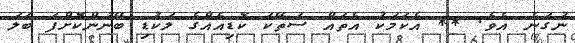
ނުގަނެ އެވެ. ** އެކަމަކު އެތައް ސަތޭކަ ކޮޑިއެއްގެ ލަކުޑި ބޭނުންކޮށްފަ ބަލަ